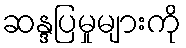
ဆန္ဒပြမှုများကို